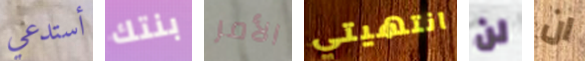
أستدعي بنتك الأمر انتهيتي لن ان